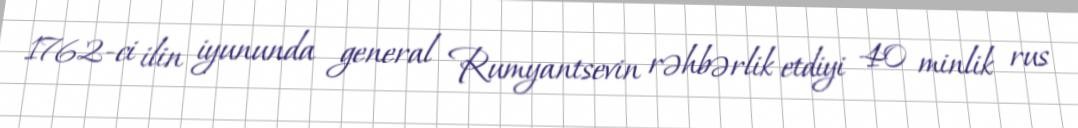
1762-ci ilin iyununda general Rumyantsevin rəhbərlik etdiyi 40 minlik rus